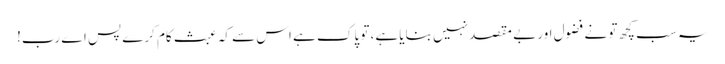
یہ سب کچھ تو نے فضول اور بے مقصد نہیں بنایا ہے، تو پاک ہے اس سے کہ عبث کام کرے پس اے رب!